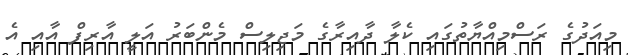
މިއަދުގެ ރަސްމިއްޔާތުގައި ކެލާ ދާއިރާގެ މަޖިލިސް މެންބަރު އަލީ އާރިފް އާއި އެ